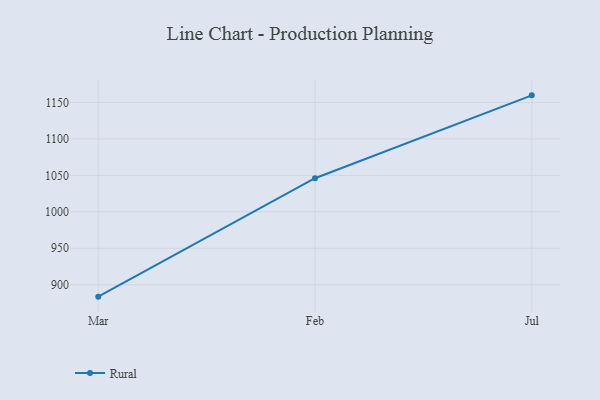
{"axis": {"x": "Month", "y": "Conversion Rate (%)"}, "legend": ["Rural"], "data": [{"x": "Mar", "y": 883.7, "type": "Rural"}, {"x": "Feb", "y": 1046.1, "type": "Rural"}, {"x": "Jul", "y": 1159.7, "type": "Rural"}]}